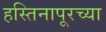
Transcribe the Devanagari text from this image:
हस्तिनापूरच्या